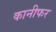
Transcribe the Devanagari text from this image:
कानीफर